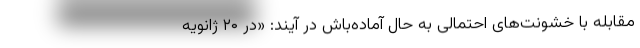
مقابله با خشونت‌های احتمالی به حال آماده‌باش در آیند: «در ۲۰ ژانویه